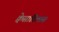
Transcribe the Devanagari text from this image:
क्वेसाडिलास